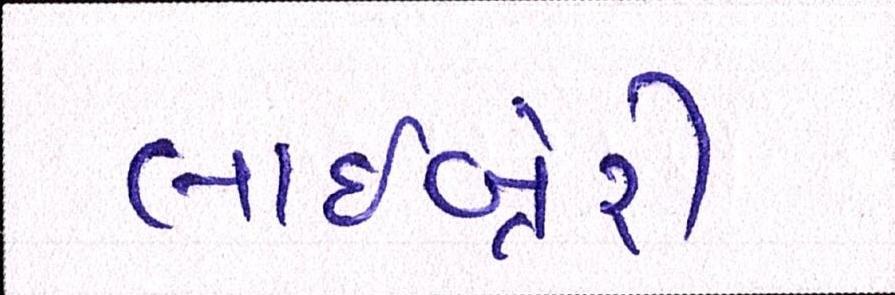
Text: લાઇબ્રેરી